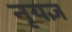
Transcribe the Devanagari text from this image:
नृयज्ञ